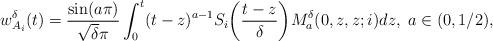
LaTeX: \begin{align*}\begin{aligned}&w^\delta_{A_i}(t)=\frac{\sin(a\pi)}{\sqrt{\delta}\pi}\int_{0}^{t} (t-z)^{a-1} S_i\bigg(\frac{t-z}{\delta}\bigg) M^{\delta}_{a}(0,z,z;i)dz,\; a\in(0,1/2),\end{aligned}\end{align*}